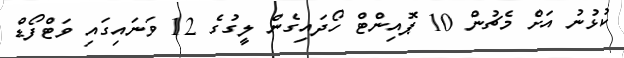
ކުޅުނު އަށް މެޗުން 10 ޕޮއިންޓް ހޯދައިގެން ލީގުގެ 12 ވަނައިގައި ވަޓްފޯޑް